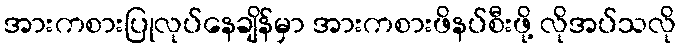
အားကစားပြုလုပ်နေချိန်မှာ အားကစားဖိနပ်စီးဖို့ လိုအပ်သလို